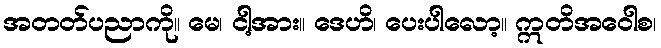
အတတ်ပညာကို။ မေ၊ ငါ့အား။ ဒေဟိ၊ ပေးပါလော့။ ဣတိအဝေါစ၊